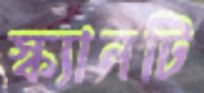
স্ক্যানটি